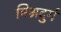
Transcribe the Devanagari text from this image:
मिश्रदुर्ग